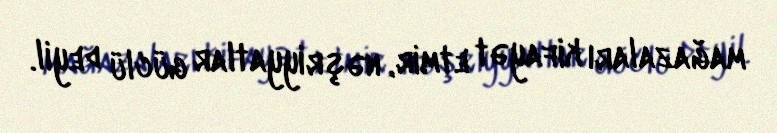
mağazaları kifayət etmir, nəşriyyatlar güclü deyil.